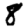
Digit: 8